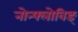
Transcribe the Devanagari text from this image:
नोन्फ्लोविङ्